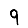
Digit: 9